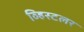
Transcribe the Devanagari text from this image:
व्हिस्टलर